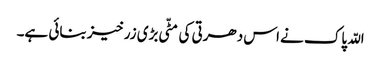
اللّہ پاک نے اس دھرتی کی مٹّی بڑی زرخیز بنائی ہے۔